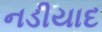
નડીયાદ